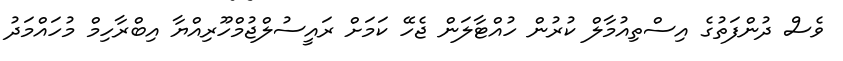
ވެސް ދުންފަތުގެ އިސްތިއުމާލް ކުރުން ހުއްޓާލަން ޖެހޭ ކަމަށް ރައީސުލްޖުމްހޫރިއްޔާ އިބްރާހިމް މުހައްމަދު